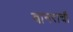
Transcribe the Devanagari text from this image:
वानराची